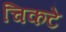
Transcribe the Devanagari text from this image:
चिकटे